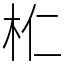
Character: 𣏴